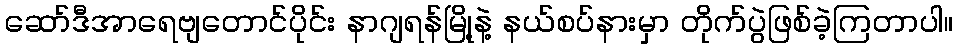
ဆော်ဒီအာရေဗျတောင်ပိုင်း နာဂျရန်မြို့နဲ့ နယ်စပ်နားမှာ တိုက်ပွဲဖြစ်ခဲ့ကြတာပါ။